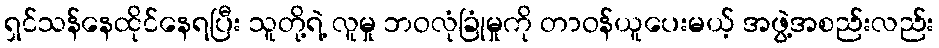
ရှင်သန်နေထိုင်နေရပြီး သူတို့ရဲ့ လူမှု ဘဝလုံခြုံမှုကို တာဝန်ယူပေးမယ့် အဖွဲ့အစည်းလည်း